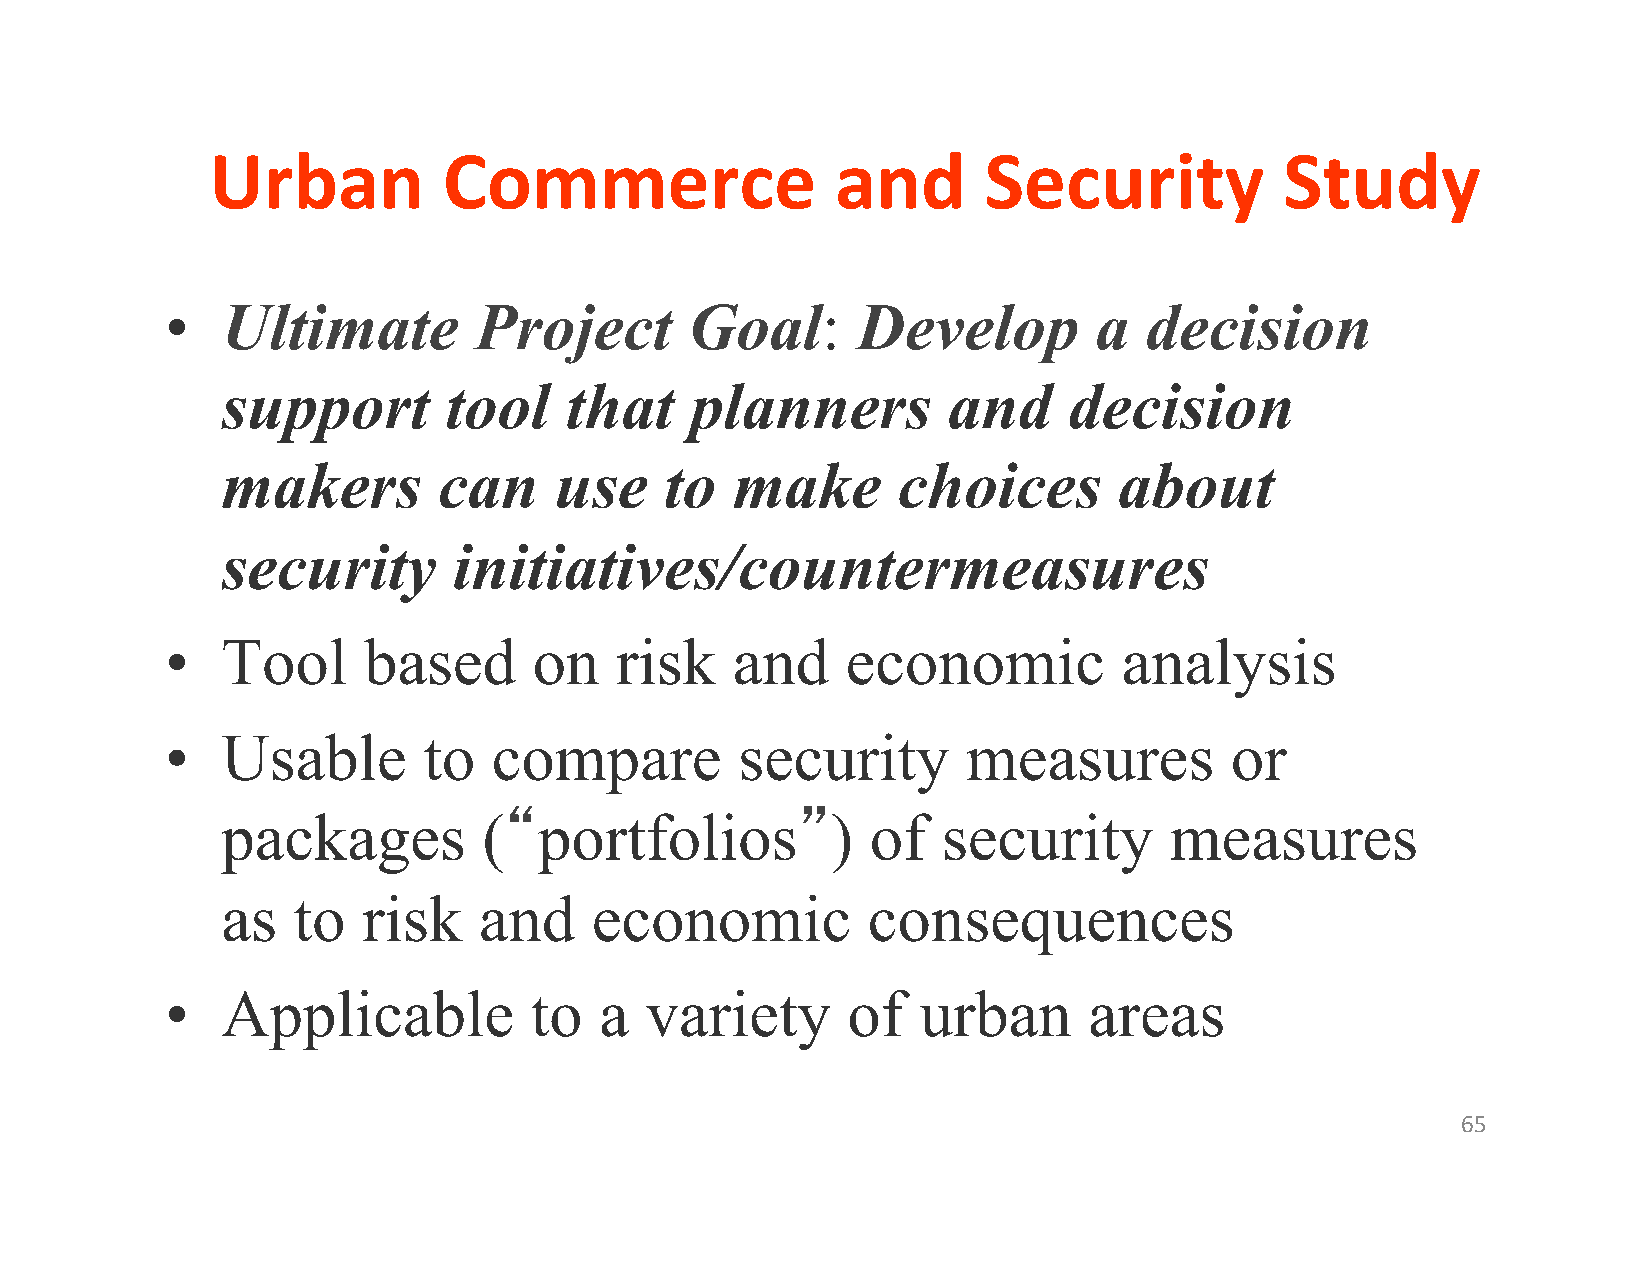
Urban          Commerce                  and       Security            Study
 •   Ultimate        Project        Goal:      Develop         a  decision
 support       tool    that     planners         and     decision
 makers        can     use    to  make       choices        about
 security       initiatives/countermeasures
 •   Tool     based      on    risk   and     economic          analysis
 •   Usable       to   compare         security       measures         or
 packages         (“portfolios”)            of  security       measures
 as  to   risk    and    economic          consequences
 •   Applicable          to   a  variety      of   urban      areas
 65